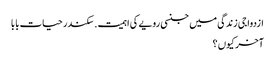
ازدواجی زندگی میں جنسی رویے کی اہمیت . سکندر حیات بابا
آخر کیوں ؟